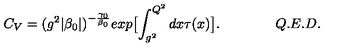
C _ { V } = ( g ^ { 2 } | \beta _ { 0 } | ) ^ { - \frac { \gamma _ { 0 } } { \beta _ { 0 } } } e x p \bigl [ \int _ { g ^ { 2 } } ^ { Q ^ { 2 } } d x \tau ( x ) \bigr ] . \qquad \qquad Q . E . D .